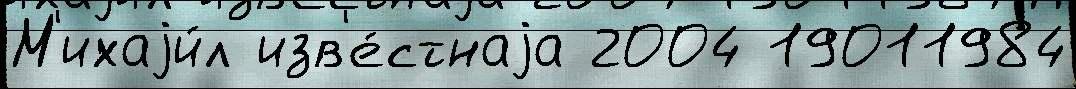
М'ихаjи́л изв'е́стнаjа 2004 19011984